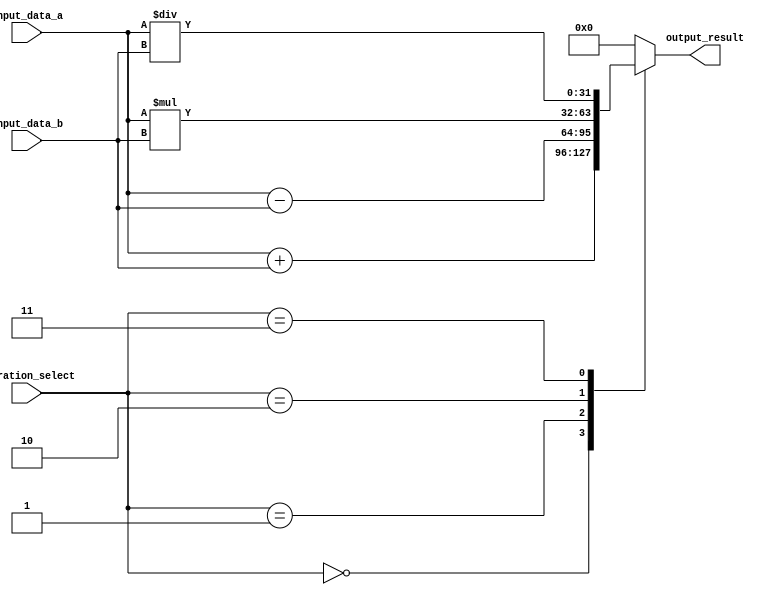
module ALU (
  input [31:0] input_data_a,
  input [31:0] input_data_b,
  input [2:0] operation_select,
  output reg [31:0] output_result
);

always @(*)
begin
  case(operation_select)
    3'b000 : output_result = input_data_a + input_data_b; // addition
    3'b001 : output_result = input_data_a - input_data_b; // subtraction
    3'b010 : output_result = input_data_a * input_data_b; // multiplication
    3'b011 : output_result = input_data_a / input_data_b; // division
    default: output_result = 32'h00000000; // default value
  endcase
end

endmodule